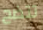
تتضح